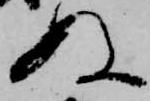
ぬ